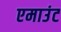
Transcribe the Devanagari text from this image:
एमाउंट